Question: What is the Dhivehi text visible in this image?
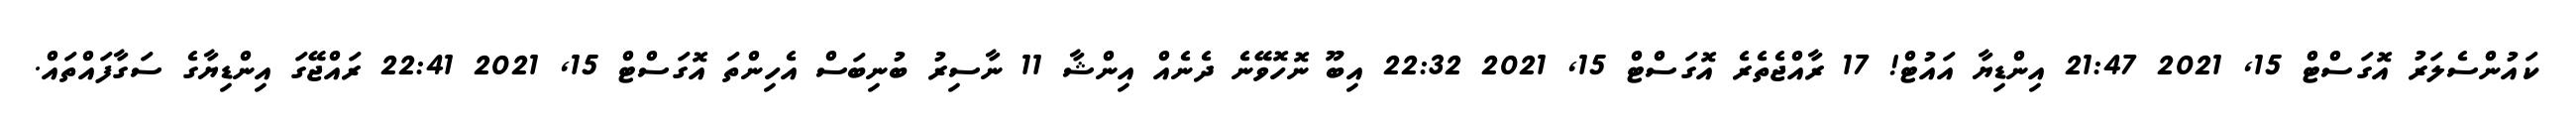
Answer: ކައުންސެލަރު އޮގަސްޓް 15, 2021 21:47 އިންޑިޔާ އައުޓް! 17 ރާއްޖެތެރެ އޮގަސްޓް 15, 2021 22:32 އިބޫ ނޮހޮވޭނެ ދެނެއް އިންޝާ 11 ނާސިރު ބުނިބަސް އެހިންތަ އޮގަސްޓް 15, 2021 22:41 ރައްޖޭގަ އިންޑިޔާގެ ސަގާފައްތައް.